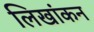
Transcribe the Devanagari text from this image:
लिखांकन